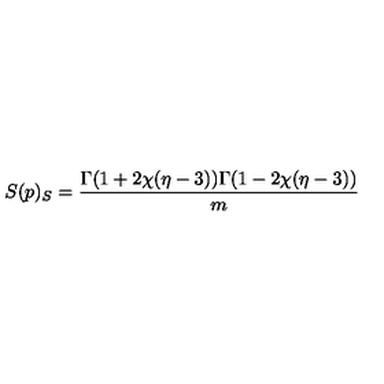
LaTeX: S ( p ) _ { S } = \frac { \Gamma ( 1 + 2 \chi ( \eta - 3 ) ) \Gamma ( 1 - 2 \chi ( \eta - 3 ) ) } { m }